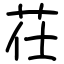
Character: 茌